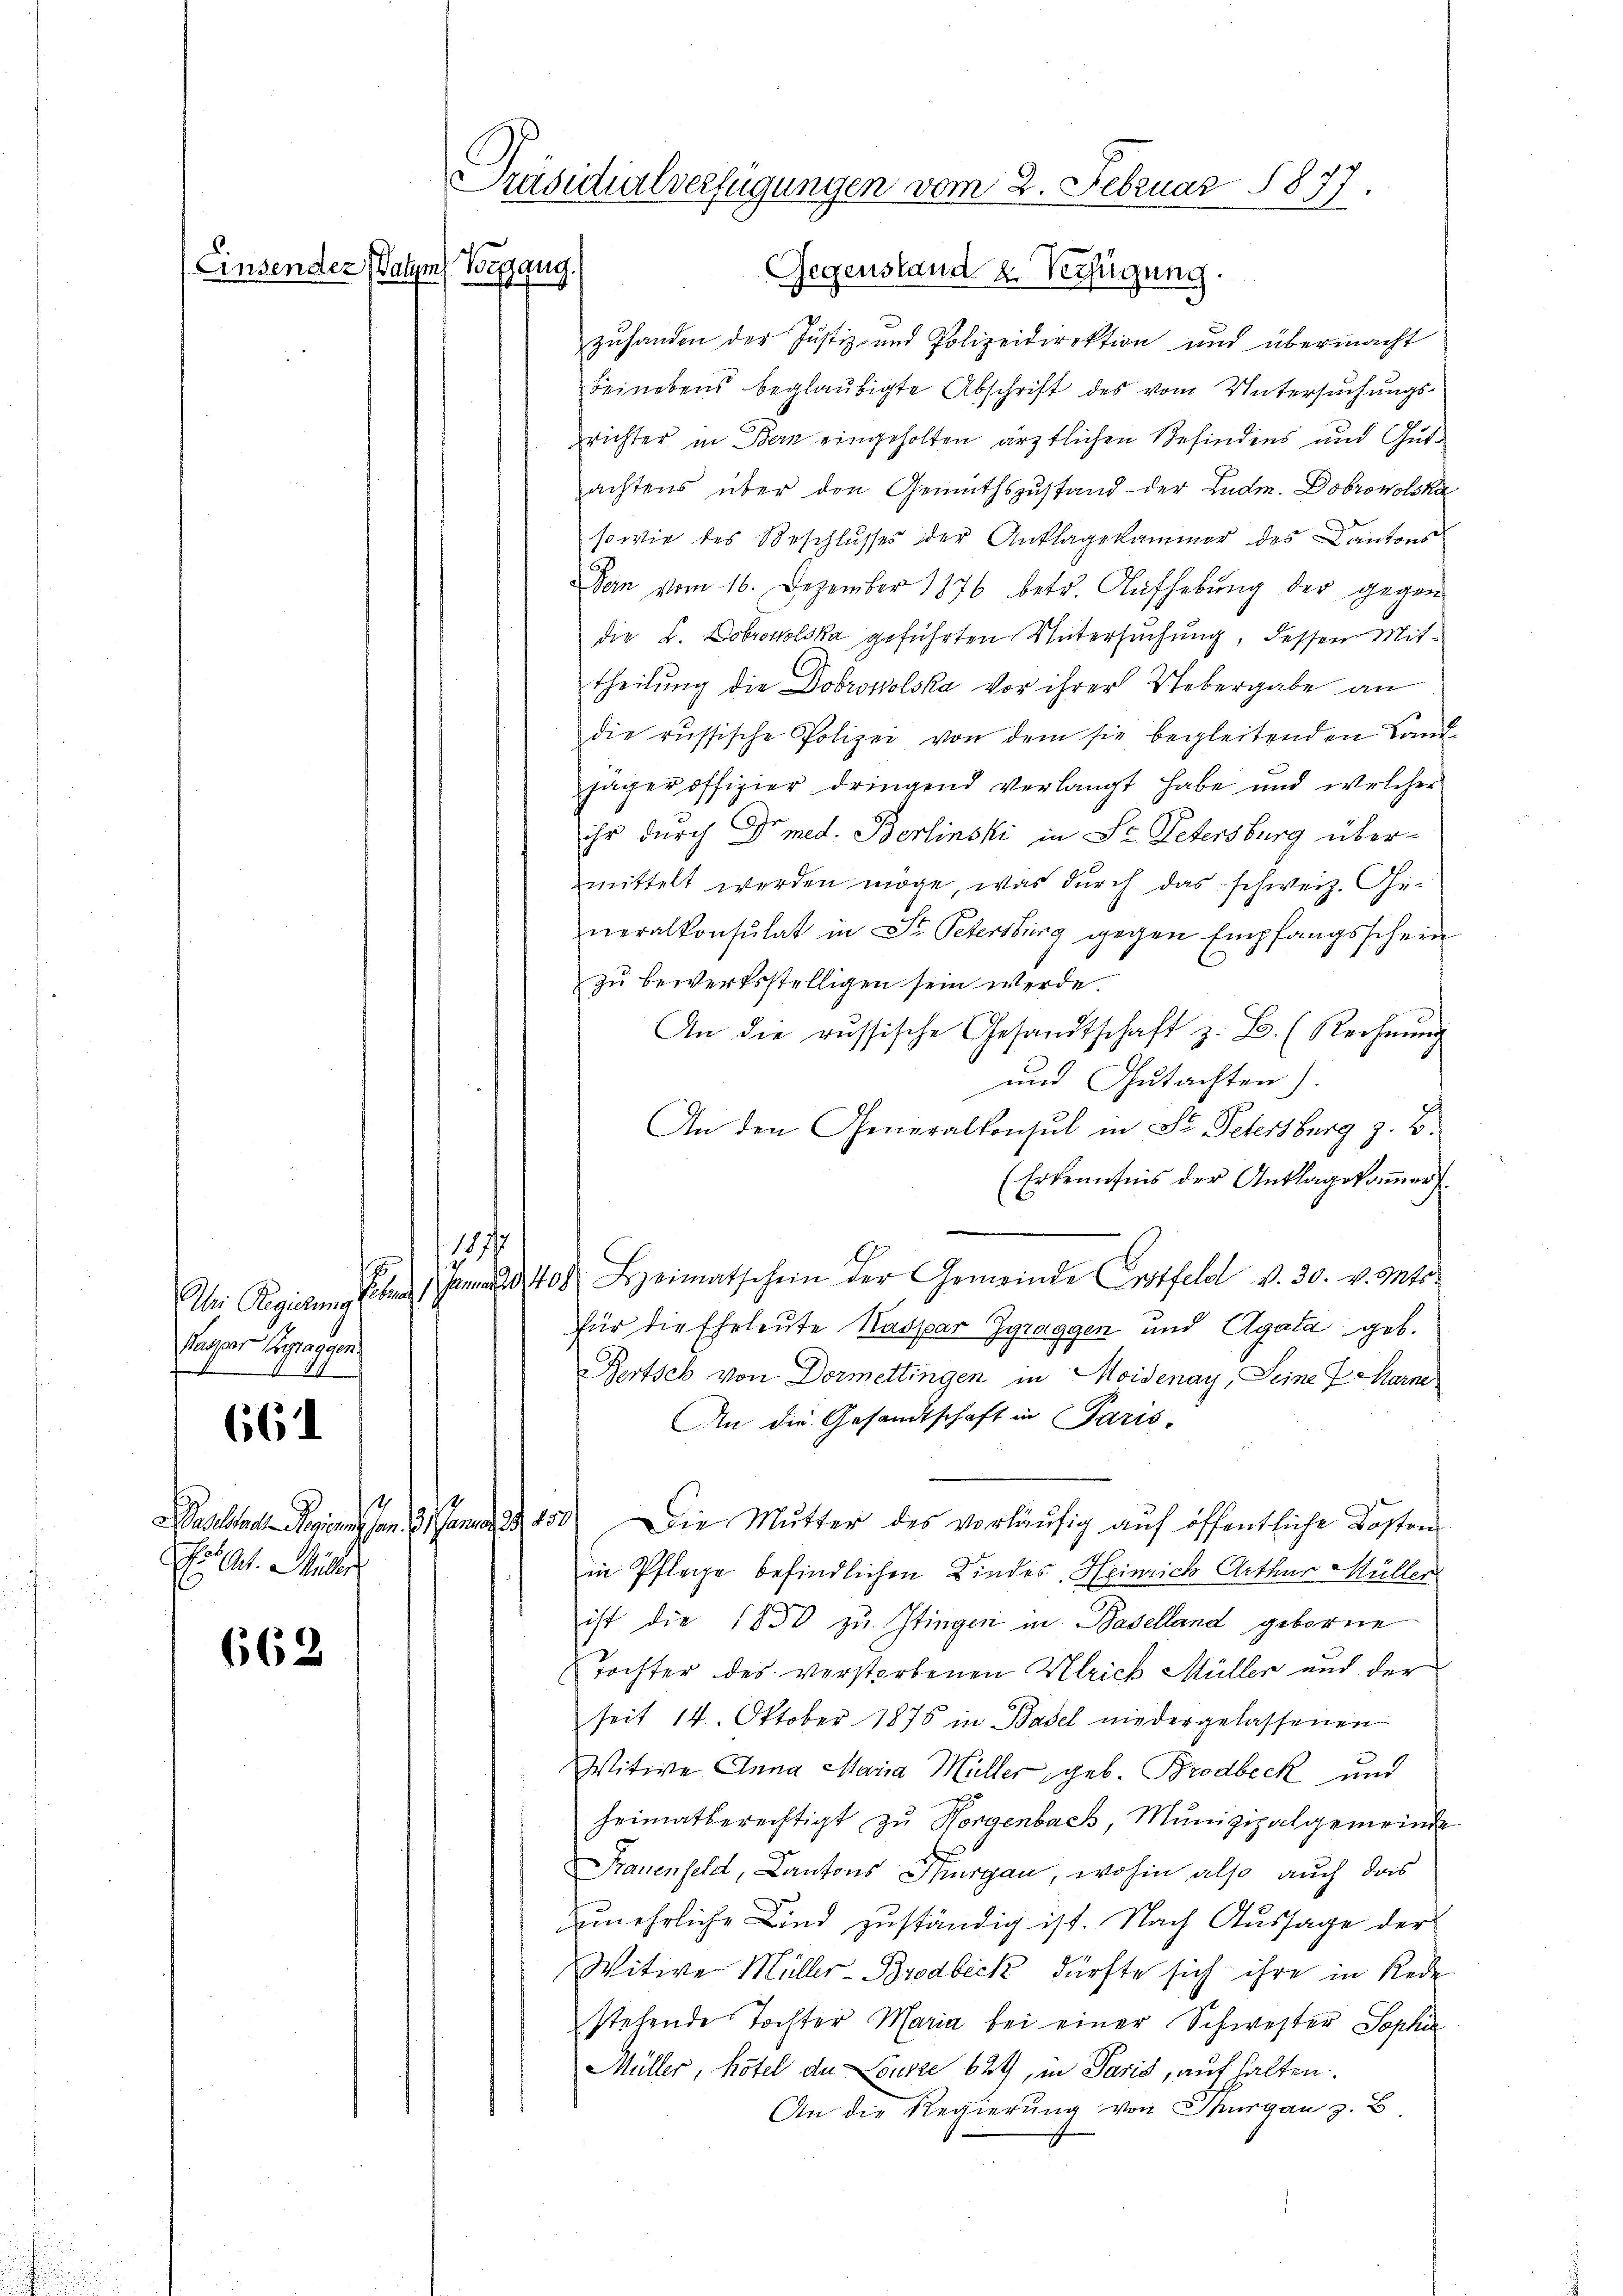
Einsender Vater Begang.

1144
Kaser Bepaggon

661

Eis Art. Müller

662

Präsidialverfügungen vom 2. Februar 1877.
Gegenstand u. Verfügung.

zuhanden der Justiz- und Polizeidirektion und übermacht
beinebens beglaubigte Abschrift des vom Untersuchungs-
richter in Bern eingeholten ärztlichen Befindens und Gutachtens über den Gemüthszustand der Lude. Dobrowolska
sowie des Beschlusses der Anklagekammer des Cantons
Den vom 16. Dezember 1876 betr. Aufhebung der gegen
die L. Dobrowolska geführten Untersuchung, dessen Mittheilung die Dobrowolska vor ihrer Uebergabe an
die russische Polizei von dem sie begleitenden Land-
jäger offizier dringend verlangt habe und welcher
ihr durch Dr med. Berlinski in Se. Petersburg übermittelt werden möge, was durch das schweiz. Generalkonsulat in St. Petersburg gegen Empfangsschein
zŭ bewerksstelligen sein werde.
An die russische Gesandtschaft z. B. (Rechnung
und Gutachten).
An den Generalkonsul in St. Petersburg z. B.
(Erkenntnis der Anklagskammer
|
Abei Regierung eben man 408 Heimatschein der Gemeinde Erstfeld v. 30. v. Mts.
für die Eheleute Kaspar Zgraggen und Agata geb.
Bertsch von Dormettingen in Moidenay, Seine P. Marne
An die Gesandtschaft in Paris.
a . . . 150. Die Mutter des vorläufig auf öffentliche Kosten
in Pflege befindlichen Kindes, Heinrich Arthur Müller
ist die 1850 zu Itingen in Baselland geborne
Tochter des verstorbenen Ulrich Müller aus der
seit 14. Oktober 1876 in Basel niedergelassenen
Witwe Anna Maria Müller geb. Brodbeck und
heimatberechtigt zŭ Horgenbach, Munizipalgemeinde
Frauenfeld, Cantons Thurgau, wohin also auch das
zunehrliche Kind zuständig ist. Nach Aussage der
Witwe Müller-Brodbeck, dürfte sich ihre in Rede
stehende Tochter Maria bei einer Schwester Sophi
Müller, hotel de Louzze 624, in Paris, auf halten.
An die Regierung von Thurgau z. B.